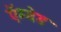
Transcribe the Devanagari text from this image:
ऍम्बेड